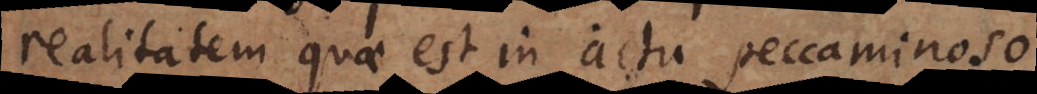
realitatem quae est in actu peccaminoso.